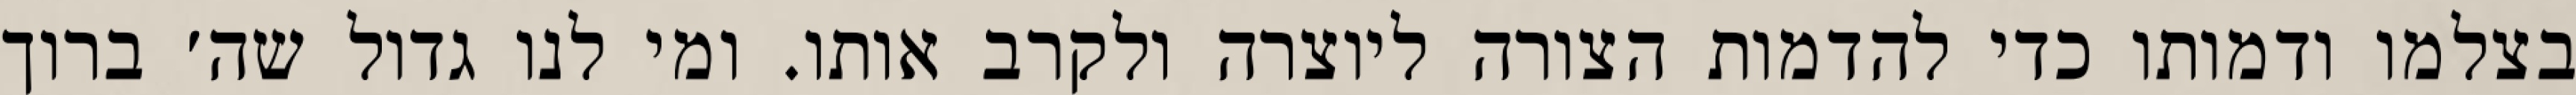
בצלמו ודמותו כדי להדמות הצורה ליוצרה ולקרב אותו. ומי לנו גדול שה׳ ברוך